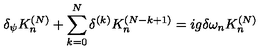
\delta _ { \psi } K _ { n } ^ { ( N ) } + \sum _ { k = 0 } ^ { N } \delta ^ { ( k ) } K _ { n } ^ { ( N - k + 1 ) } = i g \delta \omega _ { n } K _ { n } ^ { ( N ) }